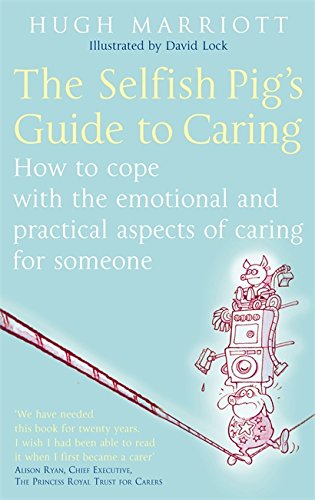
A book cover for The Selfish Pig's Guide to Caring; Hugh Marriott; Parenting & Relationships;